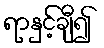
ရာနှင့်ချီ၍